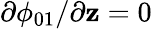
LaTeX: \partial\phi_{01}/\partial\mathbf{z}=0